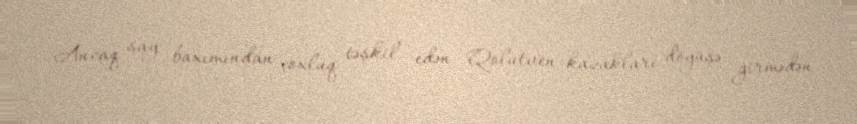
Ancaq say baxımından çoxluq təşkil edən Qolutven kazakları döyüşə girmədən